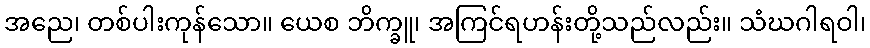
အညေ၊ တစ်ပါးကုန်သော။ ယေစ ဘိက္ခူ၊ အကြင်ရဟန်းတို့သည်လည်း။ သံဃဂါရဝါ၊